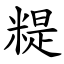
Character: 䊓